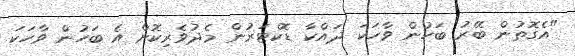
"އެގޮތުން ބޭރު ބަހުން ވާހަކަ ދައްކާ ޑޮކްޓަރުން މެދުވެރިކޮށް އެ ބަހުން ވާހަކަ